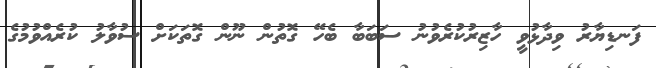
ފަނޑިޔާރު ވިދާޅުވީ ހާޒިރުކުރެވުނު ސަބަބާ ބެހޭ ގޮތުން ނޫން ގޮތަކަށް ސުވާލު ކުރެއްވުމުގެ